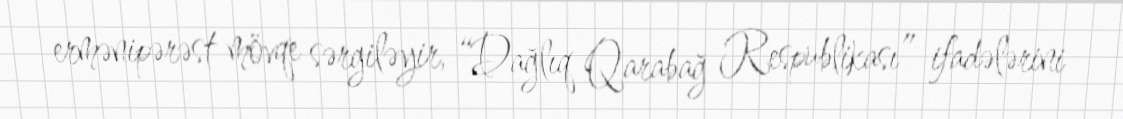
ermənipərəst mövqe sərgiləyir, “Dağlıq Qarabağ Respublikası” ifadələrini